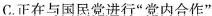
C.正在与国民党进行”党内合作”